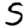
Digit: 5